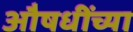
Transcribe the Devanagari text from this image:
औषधींच्या